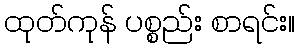
ထုတ်ကုန် ပစ္စည်း စာရင်း။